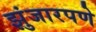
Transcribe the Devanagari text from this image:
झुंजारपणे